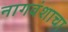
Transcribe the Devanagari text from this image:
नागवंशाचा